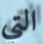
التي